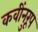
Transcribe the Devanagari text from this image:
कवींनुरूप